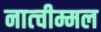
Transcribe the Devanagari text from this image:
नात्चीम्मल